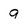
Character: 9